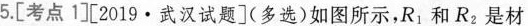
5.[考点1[2019·武汉试题](多选)如图所示，R_{1}和R_{2}是